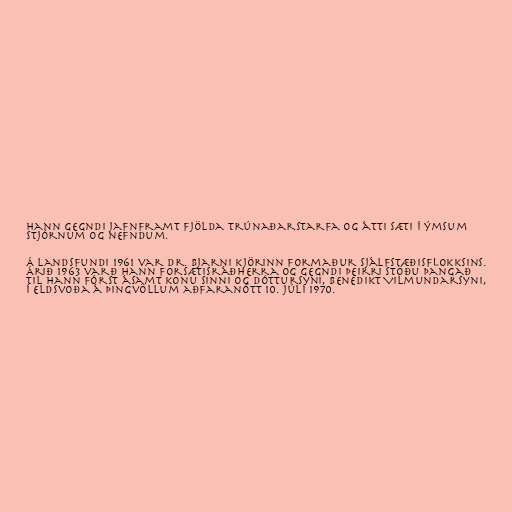
Hann gegndi jafnframt fjölda trúnaðarstarfa og átti sæti í ýmsum
stjórnum og nefndum.

Á landsfundi 1961 var dr. Bjarni kjörinn formaður Sjálfstæðisflokksins.
Árið 1963 varð hann forsætisráðherra og gegndi þeirri stöðu þangað
til hann fórst ásamt konu sinni og dóttursyni, Benedikt Vilmundarsyni,
í eldsvoða á Þingvöllum aðfaranótt 10. júlí 1970.